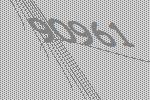
90961